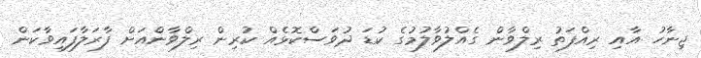
ޖިނާހު އާއި ރިއްފަތު ރިލްވާން ގެއްލުވާލުމުގެ ކުޑަ ދުވަސްކޮޅެއް ކުރިން ރިލްވާންއަށް ފާރަލާފައިވާކަން